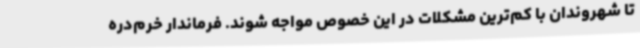
تا شهروندان با کم‌ترین مشکلات در این خصوص مواجه شوند. فرماندار خرم‌دره